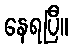
နေရပြီ။